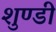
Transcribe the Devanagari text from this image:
शुण्डी